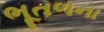
ભૂતળના